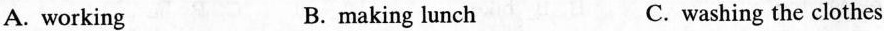
A. working B. making lunch C. washing the clothes